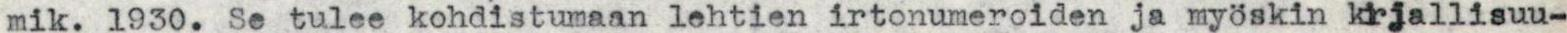
mik. 1930. Se tulee kohdistumaan lehtien irtonumeroiden ja myöskin kirjallisuu-